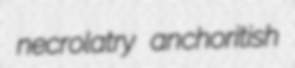
necrolatry anchoritish